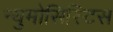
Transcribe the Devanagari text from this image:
न्युमोसिस्टिस